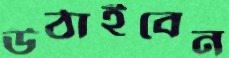
উঠাইবেন